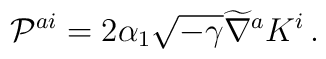
{\cal P}^{ai} = 2 \alpha_1 \sqrt{-\gamma} \widetilde{\nabla}^a K^i\,.